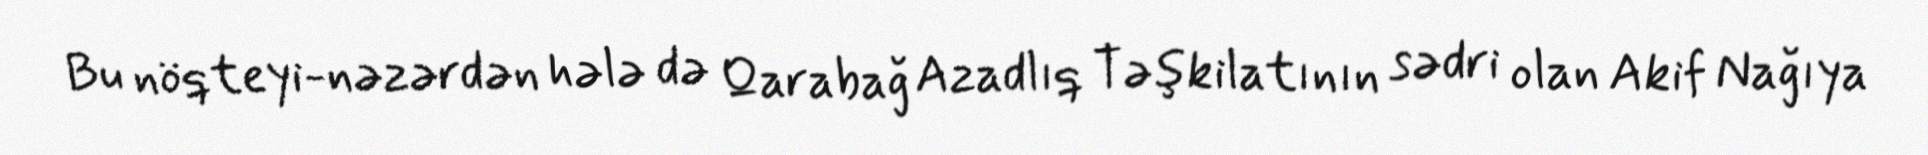
Bu nöqteyi-nəzərdən hələ də Qarabağ Azadlıq Təşkilatının sədri olan Akif Nağıya